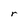
Character: r